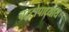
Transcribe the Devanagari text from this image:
चट्‌टोपाध्याय